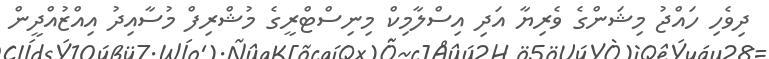
ދިވެހި ހައްޖު މިޝަންގެ ވެރިޔާ އަދި އިސްލާމިކް މިނިސްޓްރީގެ މުޝްރިފް މުސާއިދު އިއްޒުއްދީން